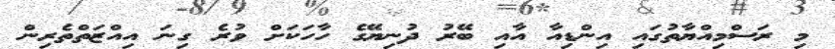
މި ރަސްމިއްޔާތުގައި އިންޑިއާ އާއި ބޭރު ދުނިޔޭގެ ހާހަކަށް ވުރެ ގިނަ އިއްޒަތްތެރިން